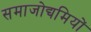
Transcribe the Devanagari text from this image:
समाजोद्यमियों